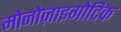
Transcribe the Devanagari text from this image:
मोनोज़ाइगोटिक